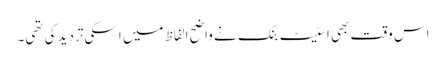
اس وقت بھی اسٹیٹ بنک نے واضح الفاظ میں اسکی تردید کی تھی۔